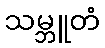
သမ္ဘူတံ